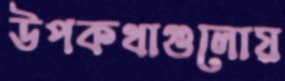
উপকথাগুলোয়